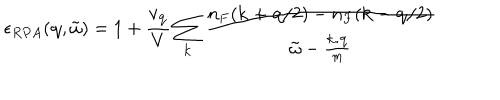
\epsilon _ { R P A } ( { \bf { q } } , { \tilde { \omega } } ) = 1 + \frac { v _ { { \bf { q } } } } { V } \sum _ { { \bf { k } } } \frac { n _ { F } ( { \bf { k } } + { \bf { q } } / 2 ) - n _ { F } ( { \bf { k } } - { \bf { q } } / 2 ) } { { \tilde { \omega } } - \frac { { \bf { k . q } } } { m } }